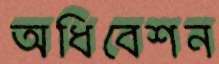
অধিবেশন